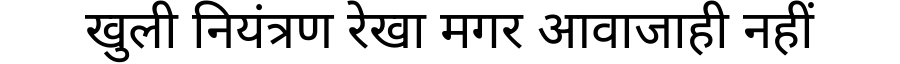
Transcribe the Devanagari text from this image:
खुली नियंत्रण रेखा मगर आवाजाही नहीं